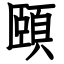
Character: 頤